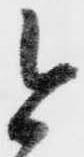
今